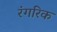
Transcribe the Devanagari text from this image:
रंगरिक